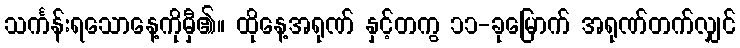
သင်္ကန်းရသောနေ့ကိုမှီ၏။ ထိုနေ့အရုဏ် နှင့်တကွ ၁၁-ခုမြောက် အရုဏ်တက်လျှင်